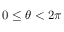
0 \leq \theta < 2 \pi